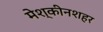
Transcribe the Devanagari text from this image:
मेश्कीनशहर